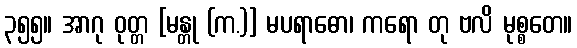
၃၅၅။ အာဂု ဝုတ္တ [မန္တု (က.)] မပရာဓော၊ ကရော တု ဗလိ မုစ္စတေ။